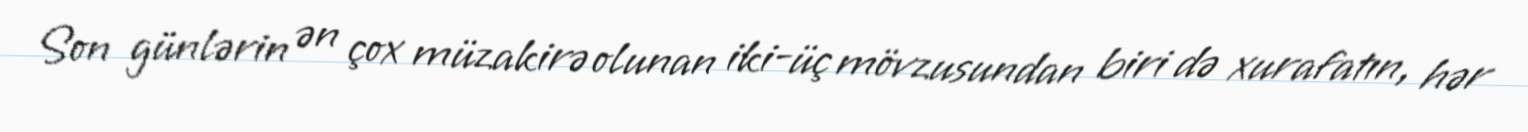
Son günlərin ən çox müzakirə olunan iki-üç mövzusundan biri də xurafatın, hər